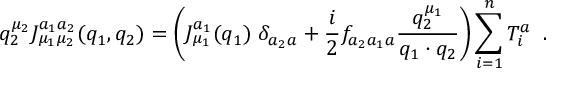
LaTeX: q _ { 2 } ^ { \mu _ { 2 } } J _ { \mu _ { 1 } \mu _ { 2 } } ^ { a _ { 1 } a _ { 2 } } ( q _ { 1 } , q _ { 2 } ) = \left( J _ { \mu _ { 1 } } ^ { a _ { 1 } } ( q _ { 1 } ) \; \delta _ { a _ { 2 } a } + \frac { i } { 2 } f _ { a _ { 2 } a _ { 1 } a } \frac { q _ { 2 } ^ { \mu _ { 1 } } } { q _ { 1 } \cdot q _ { 2 } } \right) \sum _ { i = 1 } ^ { n } T _ { i } ^ { a } \; \; .